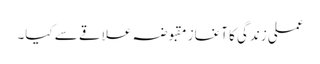
عملی زندگی کا آغاز مقبوضہ علاقے سے کیا۔